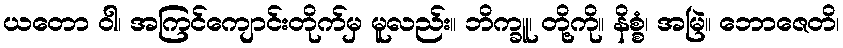
ယတော ဝါ၊ အကြင်ကျောင်းတိုက်မှ မူလည်း။ ဘိက္ခူ၊ တို့ကို။ နိစ္စံ၊ အမြဲ။ ဘောဇေတိ၊